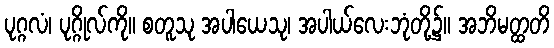
ပုဂ္ဂလံ၊ ပုဂ္ဂိုလ်ကို။ စတူသု အပါယေသု၊ အပါယ်လေးဘုံတို့၌။ အဘိမတ္ထတိ